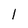
Character: I